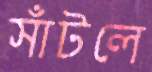
সাঁটলে